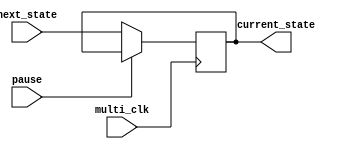
`timescale 1ns / 1ps
//////////////////////////////////////////////////////////////////////////////////
// Company: 
// Engineer: 
// 
// Design Name: 
// Module Name:    state_now 
// Project Name: 
// Target Devices: 
// Tool versions: 
// Description: 
//
// Dependencies: 
//
// Revision: 
// Revision 0.01 - File Created
// Additional Comments: 
//
//////////////////////////////////////////////////////////////////////////////////
module state_now(
             input wire pause,
             input wire multi_clk,
             input wire[3:0] next_state,
				 output wire[3:0] current_state
    );

reg [3:0] temp_state;	 

initial temp_state <= 4'd15;
	 
assign current_state = temp_state;

always @(posedge multi_clk)
if(~pause)
temp_state = next_state;

endmodule